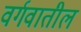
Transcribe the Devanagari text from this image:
वर्गवातील